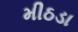
મીઠડા